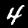
Label: 4